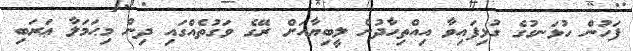
ފަހުން ހުޅަނގުގެ ގުޅިފައިވާ އިއްތިހާދުން ލީބިޔާއަށް ރޭގެ ވަގުތެއްގައި ދިން މިޙަމަލާ ޢަރަބި